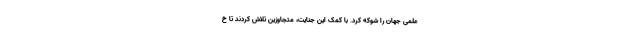
علمی جهان را شوکه کرد. با کمک این جنایت، متجاوزین تلاش کردند تا خ